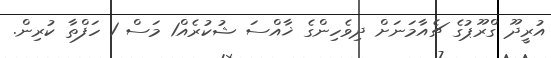
އުރީދޫ ގްރޫޕުގެ ޗެއާމަނަށް ދިވެހިންގެ ޚާއްސަ ޝުކުރެއް1 މަސް 1 ހަފްތާ ކުރިން.